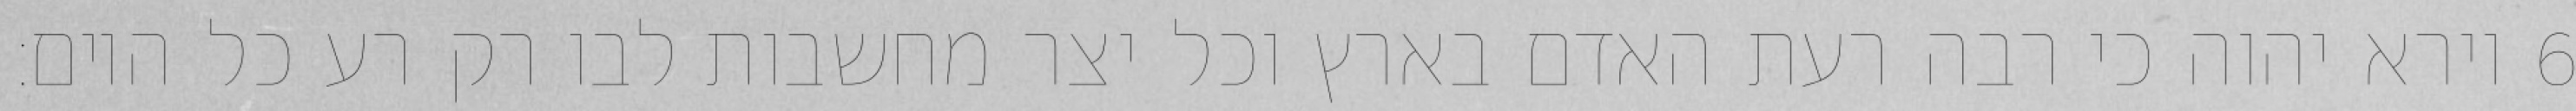
וירא יהוה כי רבה רעת האדם בארץ וכל יצר מחשבות לבו רק רע כל היום׃ ‎6‏